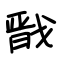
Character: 戬